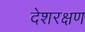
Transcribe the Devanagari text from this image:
देशरक्षण